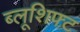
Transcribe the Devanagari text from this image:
ब्लूशिफ्ट